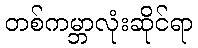
တစ်ကမ္ဘာလုံးဆိုင်ရာ